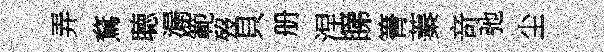
弄鶩聴漏範歿貝册涅睇箐蓁竒弛尘